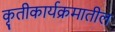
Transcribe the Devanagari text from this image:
कृतीकार्यक्रमातील